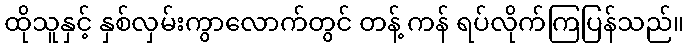
ထိုသူနှင့် နှစ်လှမ်းကွာလောက်တွင် တန့် ကန် ရပ်လိုက်ကြပြန်သည်။